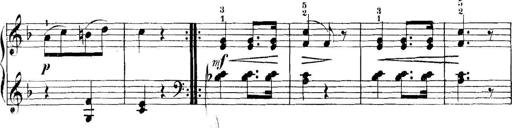
Title: 11 Sonatinas
Composer: Anton Diabelli